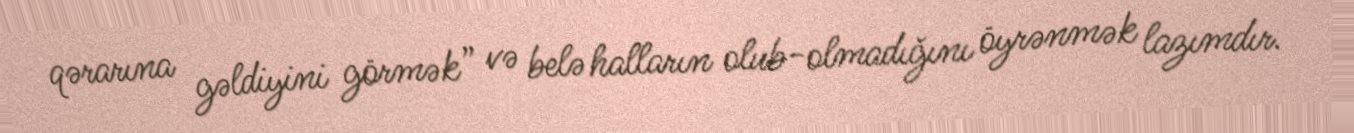
qərarına gəldiyini görmək” və belə halların olub-olmadığını öyrənmək lazımdır.